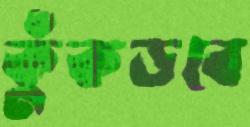
কুঁকড়বে